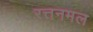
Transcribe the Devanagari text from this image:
रत्तनमल